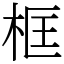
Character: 框